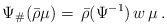
LaTeX: \begin{align*}\Psi_\#(\bar\rho\mu)=\,\bar\rho(\Psi^{-1})\,w\,\mu\,.\end{align*}